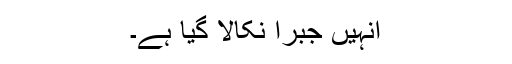
انہیں جبراََ نکالا گیا ہے۔